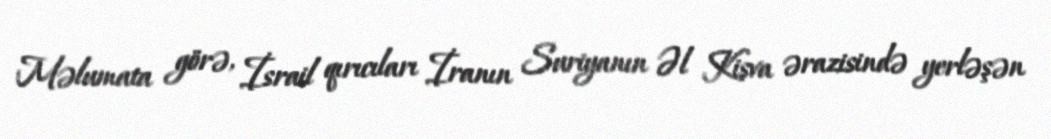
Məlumata görə, İsrail qırıcıları İranın Suriyanın Əl Kisva ərazisində yerləşən